Calcutta medical institutions reports 1892-1900
Year: 1892
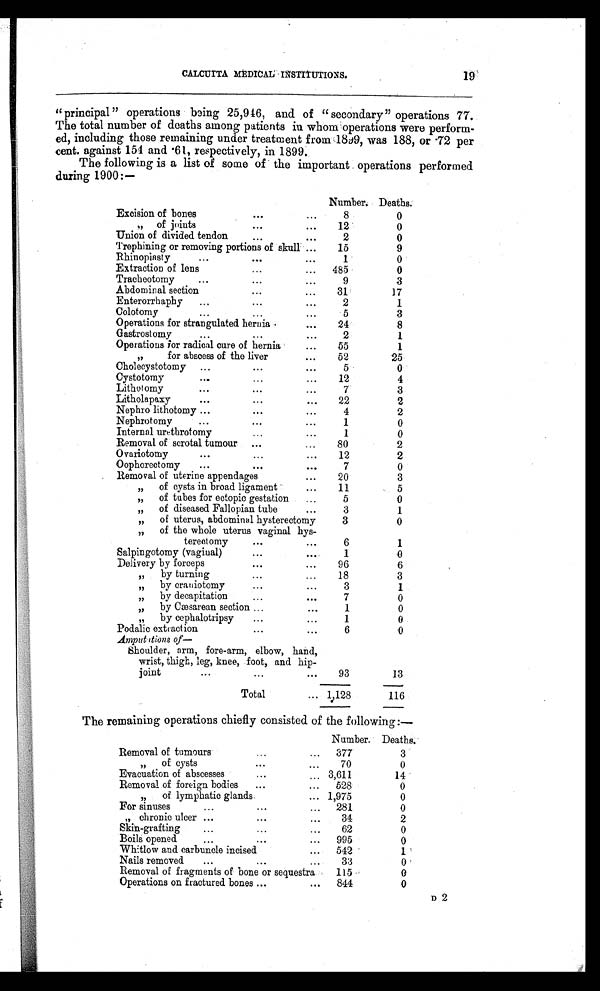
CALCUTTA MEDICAL INSTITUTIONS.
19
“principal ” operations being 25,946, and of “ secondary” operations 77.
The total number of deaths among patients in whom operations were perform-
ed, including those remaining under treatment from 1899, was 188, or.72 per
cent. against 154 and .61, respectively, in 1899.
The following is a list of some of the important operations performed
during 1900:—
Number. Deaths.
Excision of bones
...
...
8
0
„
of joints
...
. . .
12
0
Union of divided tendon...
...
2
0
Trephining or removing portions of skull ...
15
9
Rhinoplasty
...
...
...
1
0
Extraction of lens
...
...
485
0
Tracheotomy...
...
9
3
Abdominal section
... ...
31
17
Enterorrhaphy
...
...
...
2
1
Colotomy
...
...
...
5
3
Operations for strangulated hernia ...
24
8
Gastrostomy
...
...
...
2
1
Operations for radical cure of hernia
...
55
1
„
for abscess of the liver
. . .
52
25
Cholecystotomy
...
...
...
5
0
Cystotomy
...
...
...
12
4
Lithotomy
...
...
...
7
3
Litholapaxy
...
...
...
22
2
Nephro lithotomy ...
... ...
4
2
Nephrotomy
.........
1
0
Internal urethrotomy...
...
1
0
Removal of scrotal tumour ...
...
80
2
Ovariotomy
...
...
...
12
2
Oophorectomy
...
...
...
7
0
Removal of uterine appendages
...
20
3
„
of cysts in broad ligament
...
11
5
„
of tubes for ectopic gestation
...
5
0
„
of diseased Fallopian tube
. . .
3
1
„
of uterus, abdominal hysterectomy
3
0
„
of the whole uterus vaginal hys-
terectomy
...
...
6
1
Salpingotomy (vaginal)
. . . . . .
1
0
Delivery by forceps
...
...
96
6
„
by turning
...
...
18
3
by
„
craniotomy
...
...
3
1
„
by decapitation
...
...
7
0
„
by Cæsarean section ...
. . .
1
0
by cephalotripsy
...
...
1
0
Podalic extraction
...
...
6
0
A m p u t a t i o n s o f —
Shoulder, arm, fore-arm, elbow, hand,
wrist, thigh, leg, knee, foot, and hip-
joint
...
...
. . .
93
13
Total
. . . 1,128
116
The remaining operations chiefly consisted of the following :—
Number. Deaths.
Removal of tumours
...
...
377
3
„
of cysts
...
...
70
0
Evacuation of abscesses
...
. . . 3,611
14
Removal of foreign bodies
...
...
528
0
„
of lymphatic glands
... 1,975
0
For sinuses
...
...
...
281
0
„ chronic ulcer ...
...
...
34
2
Skin-grafting
...
...
...
62
0
Boils opened
...
... ...
995
0
Whitlow and carbuncle incised
...
542
1
Nails removed
... ...
...
3 : 3
0
Removal of fragments of bone or sequestra
115
0
Operations on fractured bones ...
...
844
0
D2